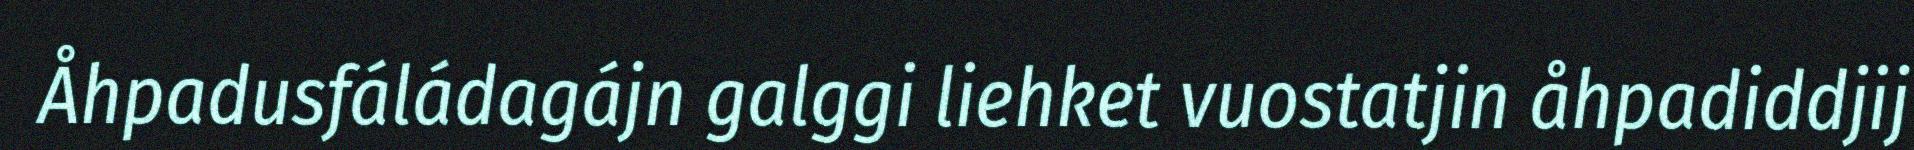
Åhpadusfáládagájn galggi liehket vuostatjin åhpadiddjij